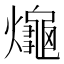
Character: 𤒅